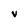
Character: V